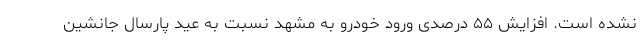
نشده است. افزایش ۵۵ درصدی ورود خودرو به مشهد نسبت به عید پارسال جانشین